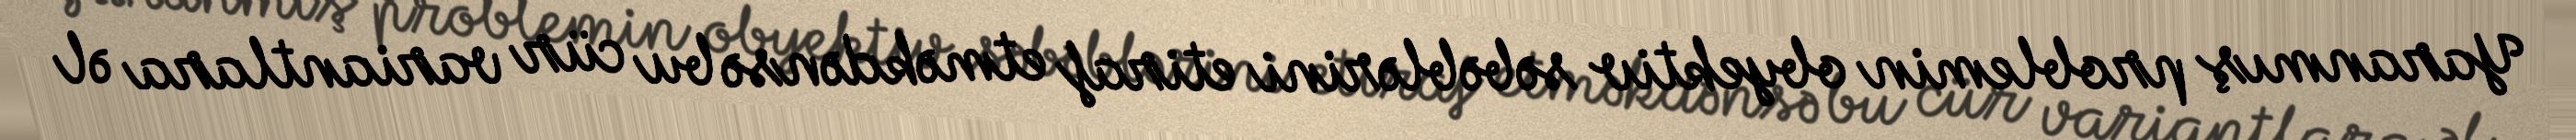
Yaranmış problemin obyektiv səbəblərini etiraf etməkdənsə bu cür variantlara əl